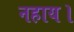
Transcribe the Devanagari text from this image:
नहाय।